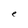
Character: e